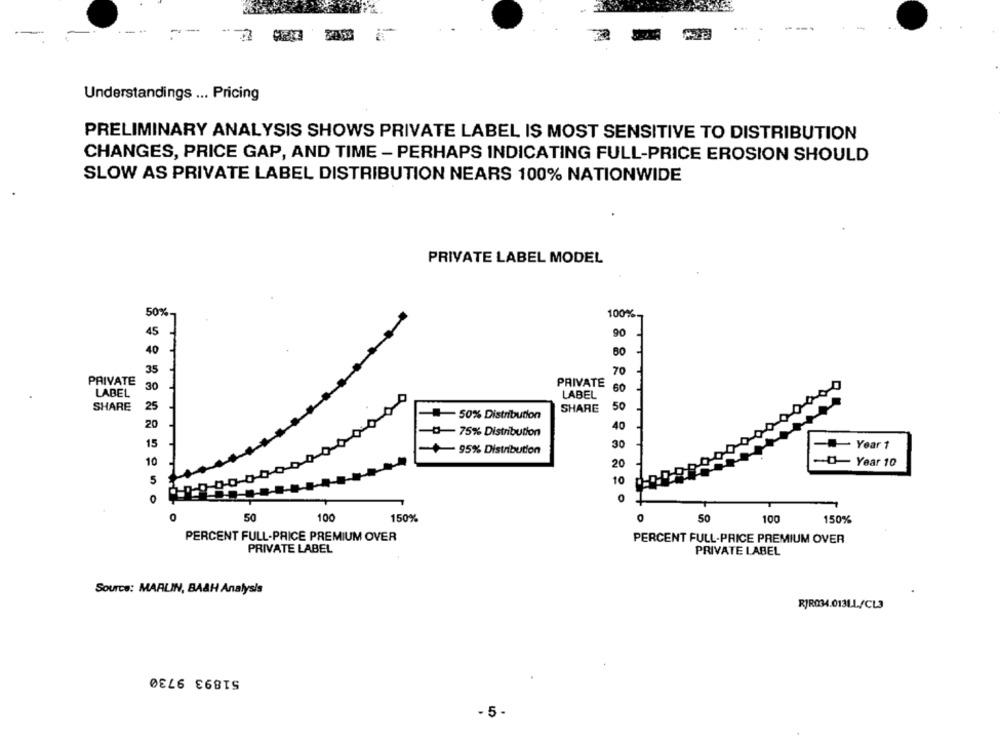
Understandings ... Pricing
PRELIMINARY ANALYSIS SHOWS PRIVATE LABEL IS MOST SENSITIVE TO DISTRIBUTION
CHANGES, PRICE GAP, AND TIME - PERHAPS INDICATING FULL-PRICE EROSION SHOULD
SLOW AS PRIVATE LABEL DISTRIBUTION NEARS 100% NATIONWIDE
PRIVATE LABEL MODEL
50%
100%
45
90
40
80
35
70
PRIVATE
PRIVATE 30
60
LABEL
LABEL
SHARE
25
SHARE
50
#50% Distribution
20
40
-75% Distribution
15
- Year 1
+95% Distribution
30
10
20
-O- Year 10
5
10
O
0
50
100
150%
50
100
150%
PERCENT FULL-PRICE PREMIUM OVER
PERCENT FULL-PRICE PREMIUM OVER
PRIVATE LABEL
PRIVATE LABEL
Source: MARLIN, BAAH Analysis
RJR034.013LL/CL3
51893 9730
- 5-